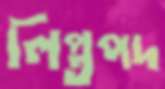
লিপ্তপদ